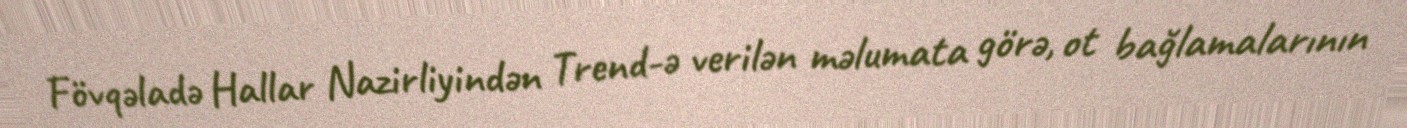
Fövqəladə Hallar Nazirliyindən Trend-ə verilən məlumata görə, ot bağlamalarının